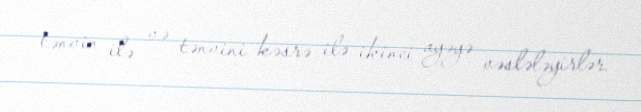
tənvin ilə və tənvini kəsrə ilə ikinci ayəyə vəslələyirlər.